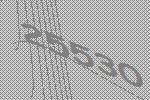
25530